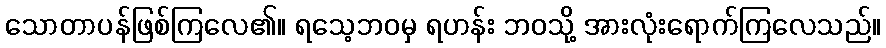
သောတာပန်ဖြစ်ကြလေ၏။ ရသေ့ဘဝမှ ရဟန်း ဘဝသို့ အားလုံးရောက်ကြလေသည်။